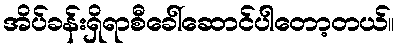
အိပ်ခန်းရှိရာစီခေါ်ဆောင်ပါတော့တယ်။